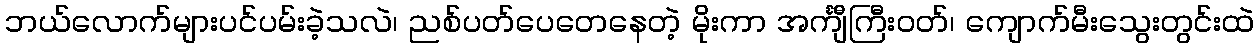
ဘယ်လောက်များပင်ပမ်းခဲ့သလဲ၊ ညစ်ပတ်ပေတေနေတဲ့ မိုးကာ အင်္ကျီကြီးဝတ်၊ ကျောက်မီးသွေးတွင်းထဲ